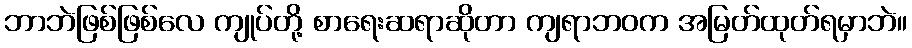
ဘာဘဲဖြစ်ဖြစ်လေ ကျုပ်တို့ စာရေးဆရာဆိုတာ ကျရာဘဝက အမြတ်ထုတ်ရမှာဘဲ။